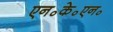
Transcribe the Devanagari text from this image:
एन॰के॰एन॰